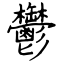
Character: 鬱